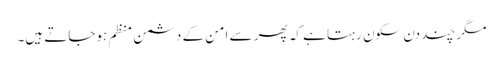
مگر چند دن سکون رہتا ہے کہ پھر سے امن کے دشمن منظم ہوجاتے ہیں۔